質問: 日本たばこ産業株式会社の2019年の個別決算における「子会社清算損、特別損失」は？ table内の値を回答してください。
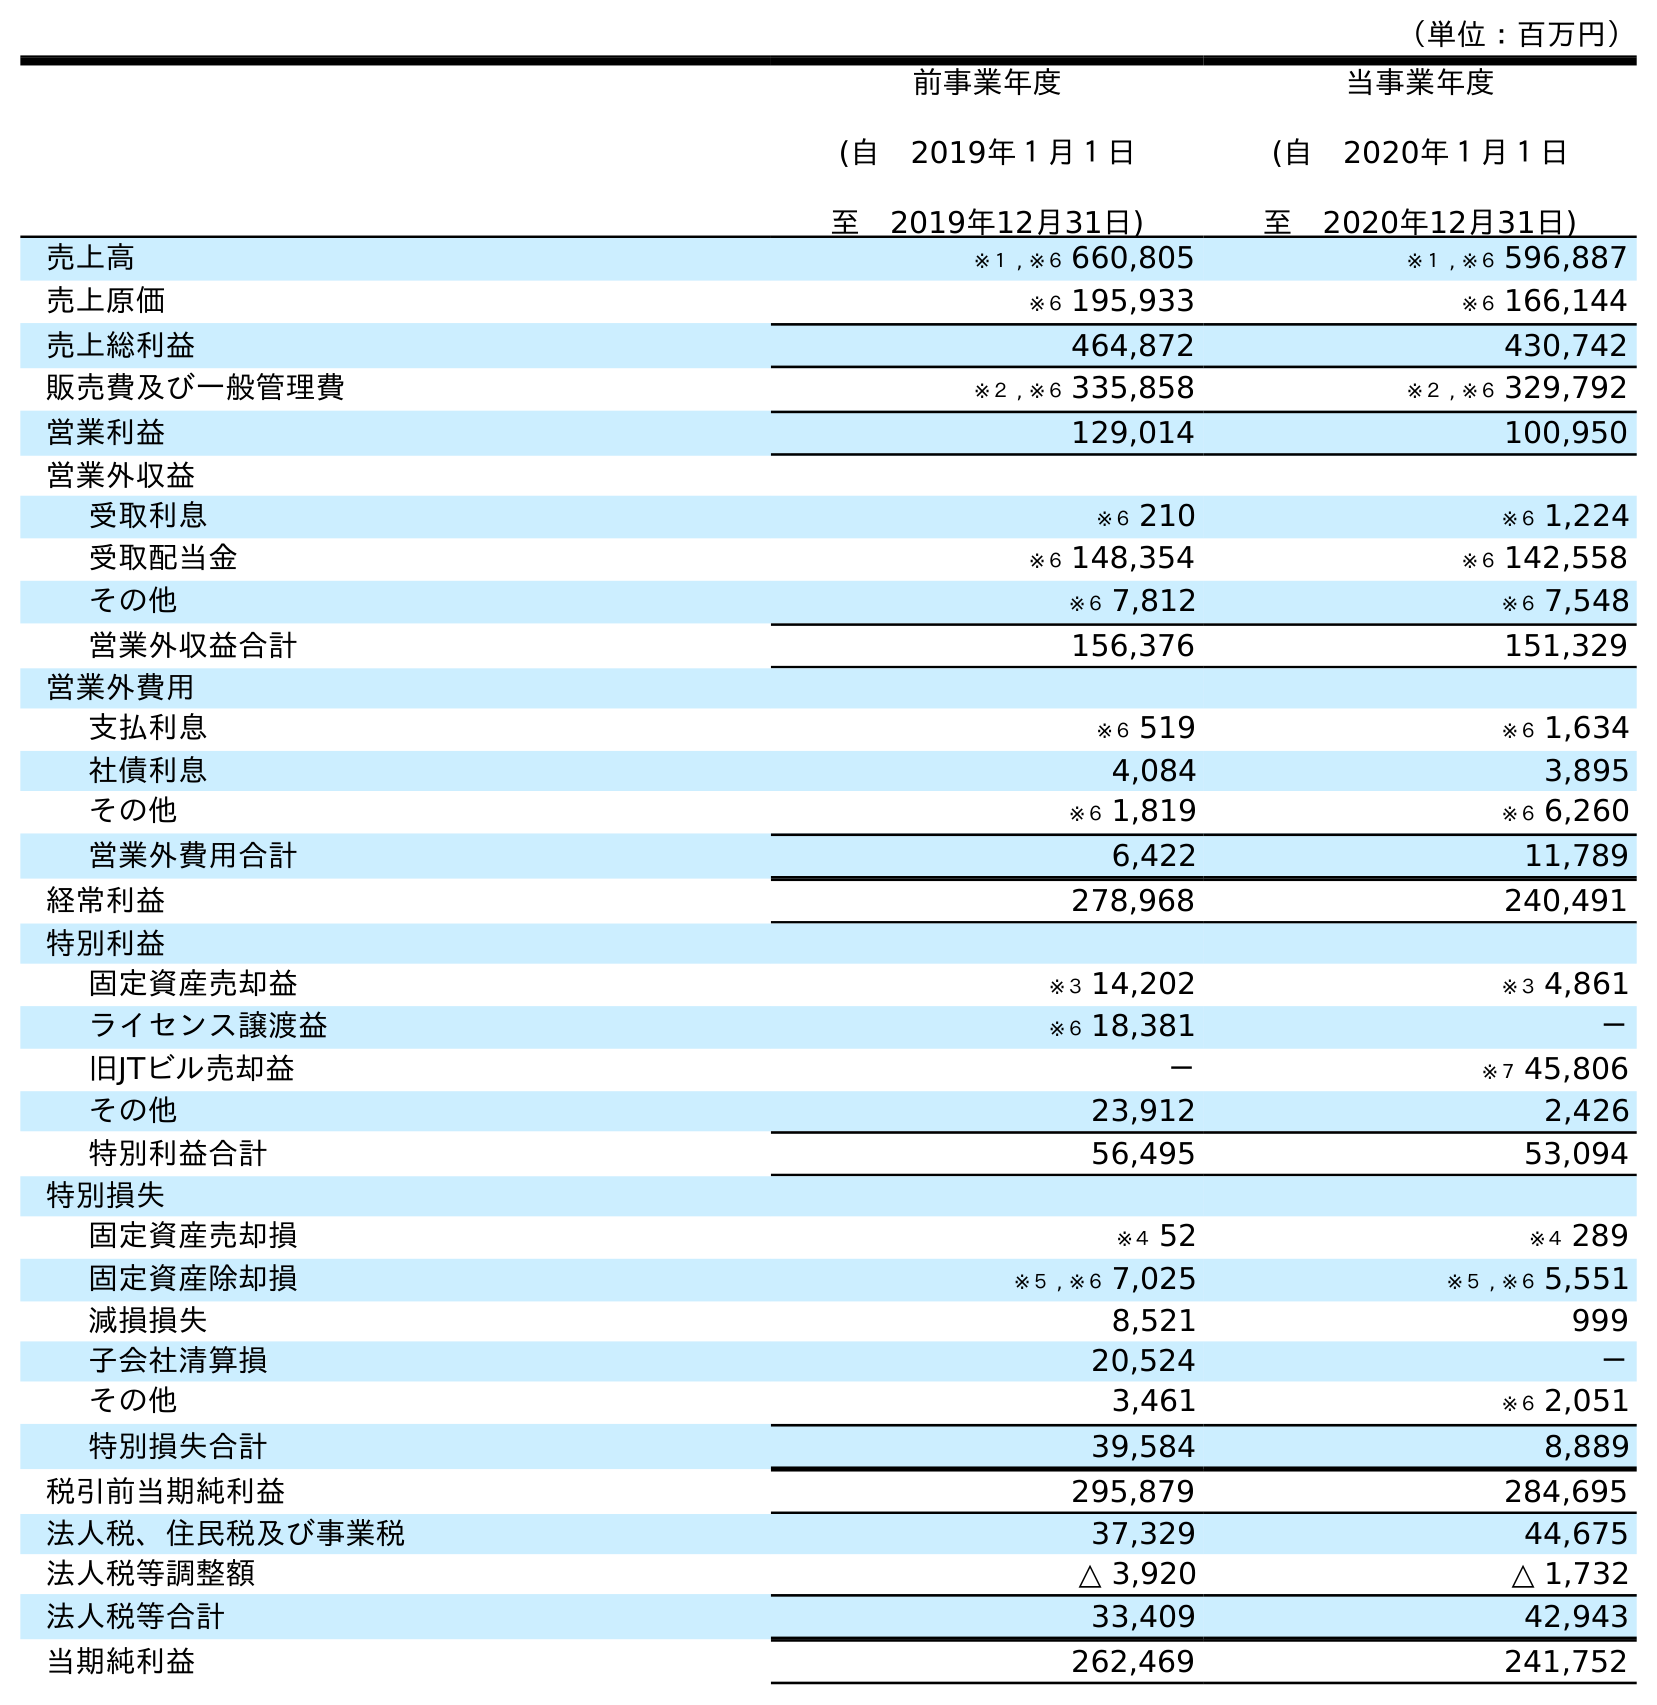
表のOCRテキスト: （単位：百万円） 前事業年度 (自 2019年１月１日 至 2019年12月31日) 当事業年度 (自 2020年１月１日 至 2020年12月31日) 売上高 ※１ , ※６ 660,805 ※１ , ※６ 596,887 売上原価 ※６ 195,933 ※６ 166,144 売上総利益 464,872 430,742 販売費及び一般管理費 ※２ , ※６ 335,858 ※２ , ※６ 329,792 営業利益 129,014 100,950 営業外収益 受取利息 ※６ 210 ※６ 1,224 受取配当金 ※６ 148,354 ※６ 142,558 その他 ※６ 7,812 ※６ 7,548 営業外収益合計 156,376 151,329 営業外費用 支払利息 ※６ 519 ※６ 1,634 社債利息 4,084 3,895 その他 ※６ 1,819 ※６ 6,260 営業外費用合計 6,422 11,789 経常利益 278,968 240,491 特別利益 固定資産売却益 ※３ 14,202 ※３ 4,861 ライセンス譲渡益 ※６ 18,381 － 旧JTビル売却益 － ※７ 45,806 その他 23,912 2,426 特別利益合計 56,495 53,094 特別損失 固定資産売却損 ※４ 52 ※４ 289 固定資産除却損 ※５ , ※６ 7,025 ※５ , ※６ 5,551 減損損失 8,521 999 子会社清算損 20,524 － その他 3,461 ※６ 2,051 特別損失合計 39,584 8,889 税引前当期純利益 295,879 284,695 法人税、住民税及び事業税 37,329 44,675 法人税等調整額 △ 3,920 △ 1,732 法人税等合計 33,409 42,943 当期純利益 262,469 241,752
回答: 20,524